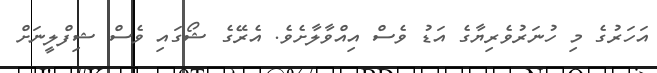
އަހަރުގެ މި ހުނަރުވެރިޔާގެ އަޑު ވެސް އިއްވާލާށެވެ. އެރޭގެ ޝޯގައި ވެސް ޝިފްލީނަށް